Rangoon Lunatic Asylum 1878-1892 - 1878-1892
Year: 1878
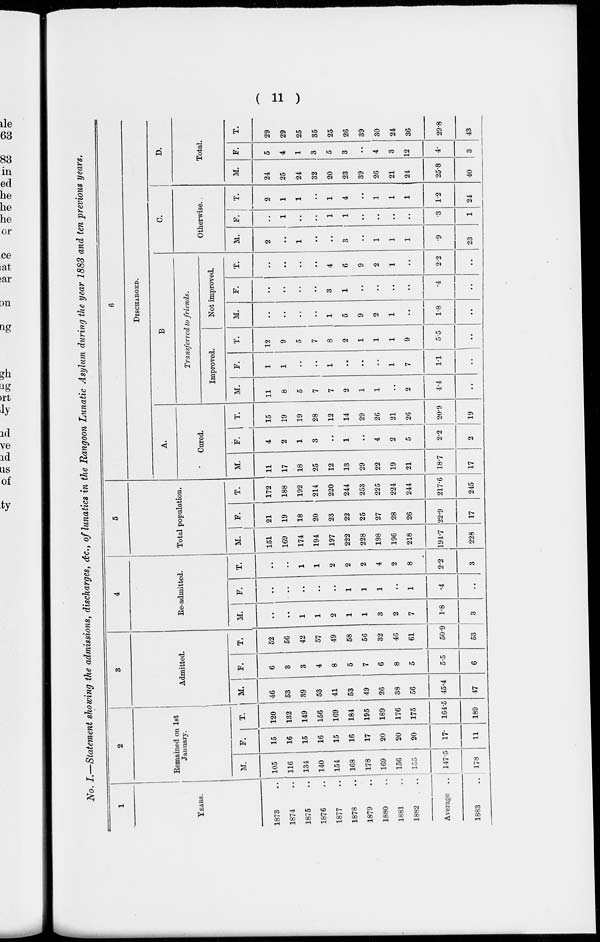
( 11 )
No. I.—Statement showing the admissions, discharges, &c., of lunatics in the Rangoon Lunatic Asylum during the year 1883 and ten previous years.
1
YEARS.
1873 ..
1874 ..
1875 ..
1876 ..
1877 ..
1878 ..
1879 ..
1880 ..
1881 ..
1882 ..
Average ..
1883 ..
2
Remained on 1st
January.
M.
105
116
134
140
154
168
178
169
156
155
147.5
178
F.
15
16
15
16
15
16
17
20
20
20
17.
11
T.
120
132
149
156
169
184
195
189
176
175
164.5
189
3
Admitted.
M.
46
53
39
53
41
53
49
26
38
56
45.4
47
F.
6
3
3
4
8
5
7
6
8
5
5.5
6
T.
52
56
42
57
49
58
56
32
46
61
50.9
53
4
Re-admitted.
M.
..
..
1
1
2
1
1
3
2
7
1.8
3
F.
..
..
..
..
..
1
1
1
..
1
.4
..
T.
..
..
1
1
2
2
2
4
2
8
2.2
3
5
Total population.
M.
151
169
174
194
197
222
228
198
196
218
194.7
228
F.
21
19
18
20
23
22
25
27
28
26
22.9
17
T.
172
188
192
214
220
244
253
225
224
244
217.6
245
6
DISCHARGED.
A.
Cured.
M.
11
17
18
25
12
13
29
22
19
21
18.7
17
F.
4
2
1
3
..
1
..
4
2
5
2.2
2
T.
15
19
19
28
12
14
29
26
21
26
20.9
19
B.
Transferred to friends.
Improved.
M.
11
8
5
7
7
2
1
1
..
2
4.4
..
F.
1
1
..
..
1
..
..
..
1
7
1.1
..
T.
12
9
5
7
8
2
1
1
1
9
5.5
..
Not improved.
M.
..
..
..
..
1
5
9
2
1
..
1.8
..
F.
..
..
..
..
3
1
..
..
..
..
.4
..
T.
..
..
..
..
4
6
9
2
1
..
2.2
..
C.
Otherwise.
M.
2
..
1
..
..
3
..
1
1
1
.9
23
F.
..
1
..
..
1
1
..
..
..
..
.3
1
T.
2
1
1
..
1
4
..
1
1
1
1.2
24
D.
Total.
M.
24
25
24
32
20
23
39
26
21
24
25.8
40
F.
5
4
1
3
5
3
..
4
3
12
4.
3
T.
29
29
25
35
25
26
39
30
24
36
29.8
43